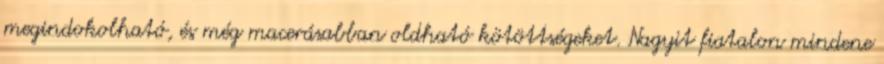
megindokolható, és még macerásabban oldható kötöttségeket. Nagyit fiatalon mindene